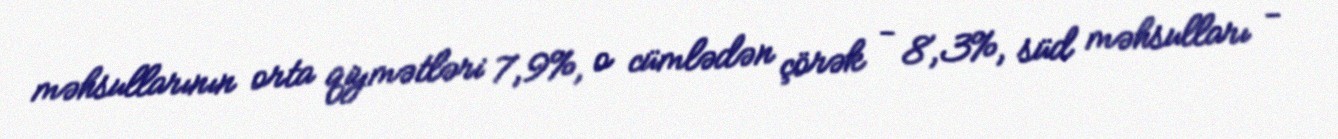
məhsullarının orta qiymətləri 7,9%, o cümlədən çörək - 8,3%, süd məhsulları -